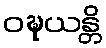
ဝဍ္ဎယန္တိ